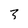
Character: 3